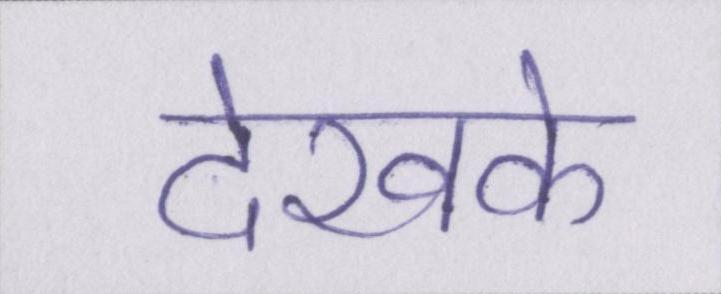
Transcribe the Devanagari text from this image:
देखके